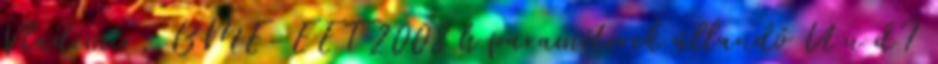
Vladimír, BME-EET 2008 h paraméterek állandó U u dI